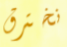
نخترق